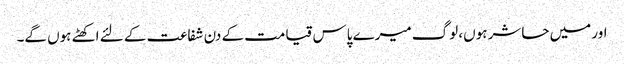
اور میں حاشر ہوں، لوگ میرے پاس قیامت کے دن شفاعت کے لئے اکھٹے ہوں گے۔